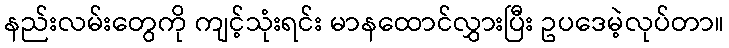
နည်းလမ်းတွေကို ကျင့်သုံးရင်း မာနထောင်လွှားပြီး ဥပဒေမဲ့လုပ်တာ။